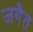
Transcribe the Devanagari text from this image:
जगैत